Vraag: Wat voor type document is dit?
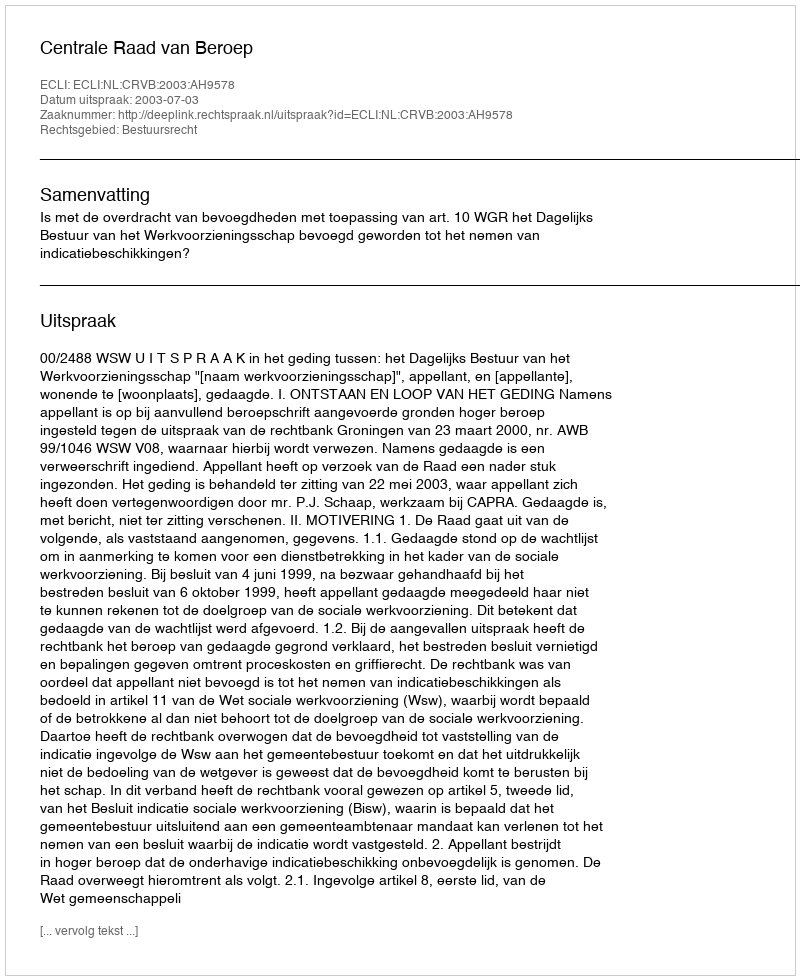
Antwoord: Uitspraak